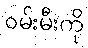
ဝမ်းမီးကို